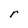
Character: r